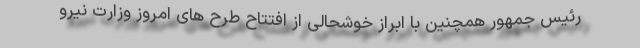
رئیس جمهور همچنین با ابراز خوشحالی از افتتاح طرح های امروز وزارت نیرو